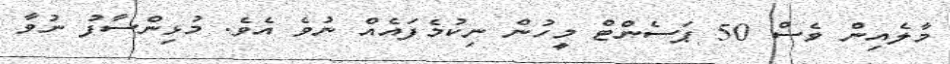
މާލެއިން ވެސް 50 ޕަސެންޓް މީހުން ނިކުމެފައެއް ނުވެ އެވެ. މުޅިންސާފު ނުވާ